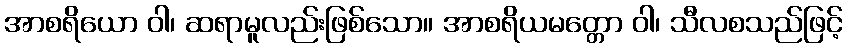
အာစရိယော ဝါ၊ ဆရာမူလည်းဖြစ်သော။ အာစရိယမတ္တော ဝါ၊ သီလစသည်ဖြင့်